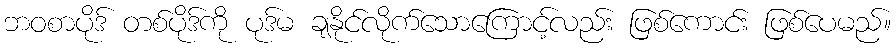
ဘဝစာပိုဒ် တစ်ပိုဒ်ကို ပုဒ်မ ချနိုင်လိုက်သောကြောင့်လည်း ဖြစ်ကောင်း ဖြစ်ပေမည်။